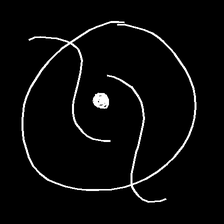
Glyph: repetition